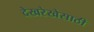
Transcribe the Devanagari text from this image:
देखरेखेसाठी